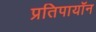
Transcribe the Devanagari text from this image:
प्रतिपायॉन